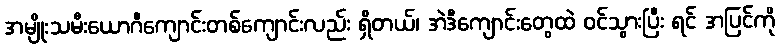
အမျိုးသမီးယောဂီကျောင်းတစ်ကျောင်းလည်း ရှိတယ်၊ အဲဒီကျောင်းတွေထဲ ဝင်သွားပြီး ရင် အပြင်ကို